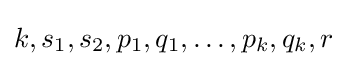
k,s_{1},s_{2},p_{1},q_{1},\ldots ,p_{k},q_{k},r